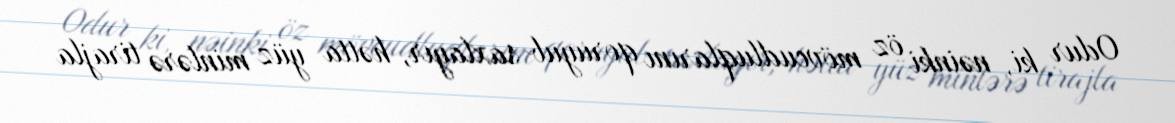
Odur ki, nəinki öz mövcudluqlarını qoruyub saxlayır, hətta yüz minlərə tirajla